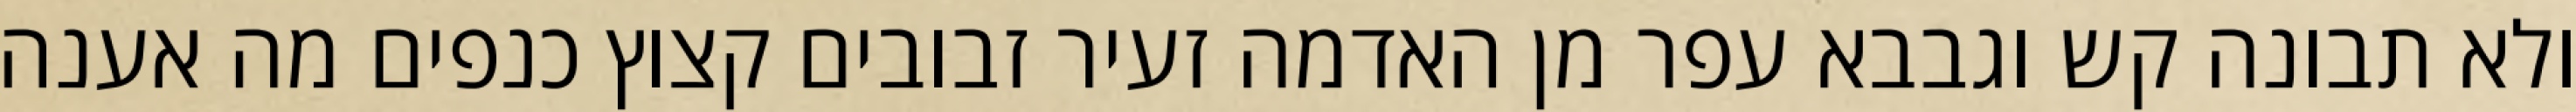
ולא תבונה קש וגבבא עפר מן האדמה זעיר זבובים קצוץ כנפים מה אענה